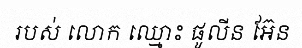
របស់ លោក ឈ្មោះ ផូលីន អ៊ែន